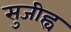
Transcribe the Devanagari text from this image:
सुजीह्व